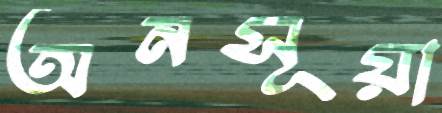
অনসূয়া